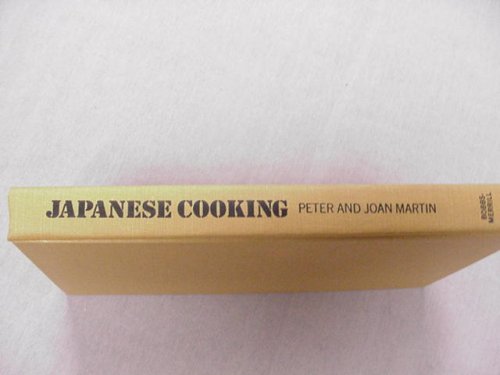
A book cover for Japanese Cooking by Peter and Joan Martin 1970 Hardcover; Peter and Joan Martin; Illustrator-Clifton Karhu; Cookbooks, Food & Wine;